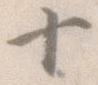
十